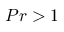
P r > 1